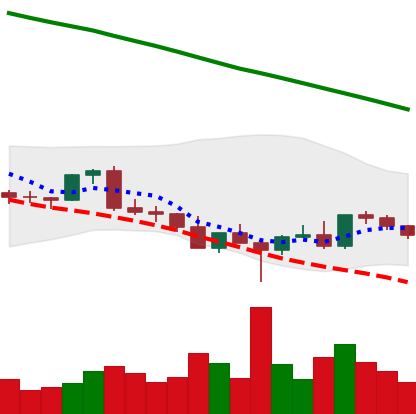
Ticker: EOS-USD
Chart end date: 2022-03-03
Forward return: -8.81%
Label: down_7plus